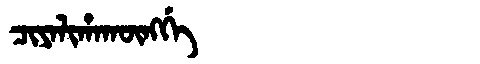
Manchu: ᠴᡳᠶᠠᠯᡳᡥᠠᡴᡡᠩᡤᡝ
Romanization: CIYALIHAKŪNGGE